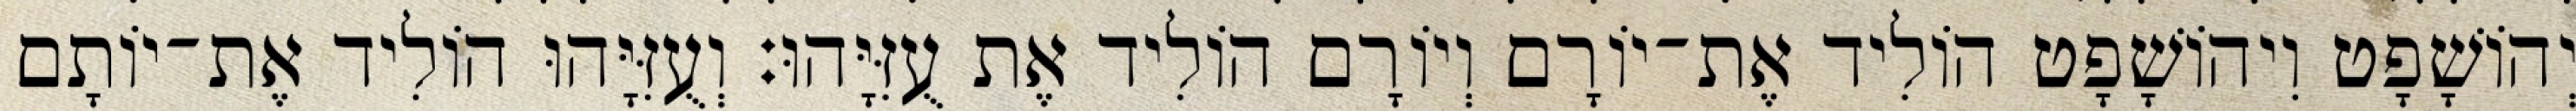
יְהוֹשָׁפָט וִיהוֹשָׁפָט הוֹלִיד אֶת־יוֹרָם וְיוֹרָם הוֹלִיד אֶת עֻזִּיָּהוּ׃ וְעֻזִּיָּהוּ הוֹלִיד אֶת־יוֹתָם